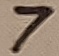
Text: 7